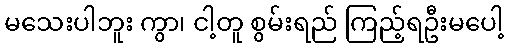
မသေးပါဘူး ကွာ၊ ငါ့တူ စွမ်းရည် ကြည့်ရဦးမပေါ့